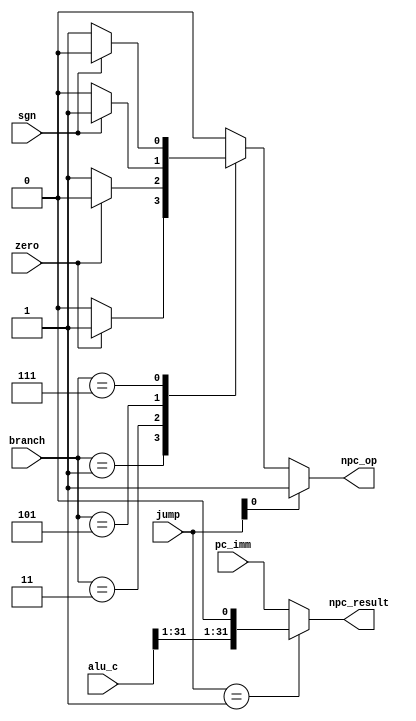
module NPC_CONTROL (
    input wire [2:0] branch,
    input wire [1:0] jump,
    input wire zero,
    input wire sgn,
    input wire [31:0] pc_imm,
    input wire [31:0] alu_c,
    output reg npc_op,
    output reg [31:0] npc_result
);

always @ (*) begin
    if (jump[0])
        npc_op = 1'b1;// jal or jalr һת
    else begin
        case (branch)
            3'b001 :
                npc_op = zero ? 1'b1 : 1'b0;// beq
            3'b011 :
                npc_op = zero ? 1'b0 : 1'b1;// bne
            3'b101 :
                npc_op = sgn ? 1'b1 : 1'b0;// blt
            3'b111 :
                npc_op = sgn ? 1'b0 : 1'b1;// bge
            default :
                npc_op = 1'b0;
        endcase
    end
end

always @ (*) begin
    if (jump == 2'b01) // jalr
        npc_result = {alu_c[31:1], 1'b0};
    else
        npc_result = pc_imm;
end

endmodule